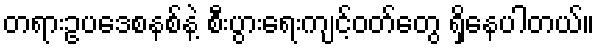
တရားဥပဒေစနစ်နဲ့ စီးပွားရေးကျင့်ဝတ်တွေ ရှိနေပါတယ်။